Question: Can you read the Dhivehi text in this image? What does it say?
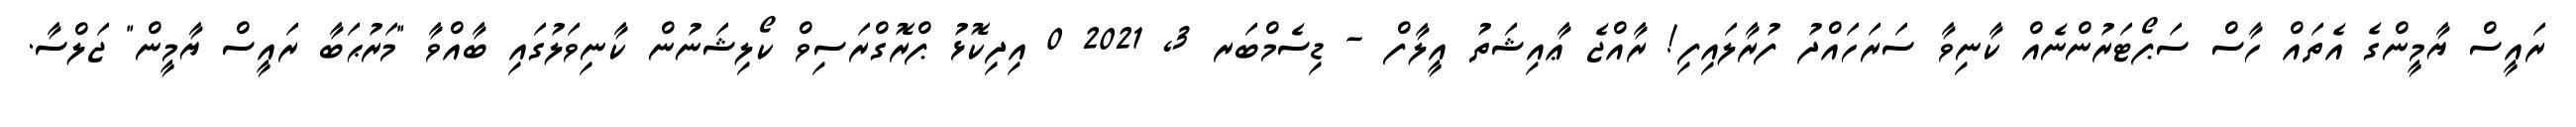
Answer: ރައީސް ޔާމީންގެ އެތައް ހާސް ސަޕޯޓަރުންނެއް ކާނިވާ ސަރަހައްދު ފުރާލައިފި! ރާއްޖެ ޢާއިޝަތު އީލާފް - ޑިސެމްބަރ 3, 2021 0 އިދިކޮޅު ޕްރޮގްރަސިވް ކޯލިޝަނުން ކާނިވަލުގައި ބާއްވާ "މަރުޙަބާ ރައީސް ޔާމީން" ޖަލްސާ.